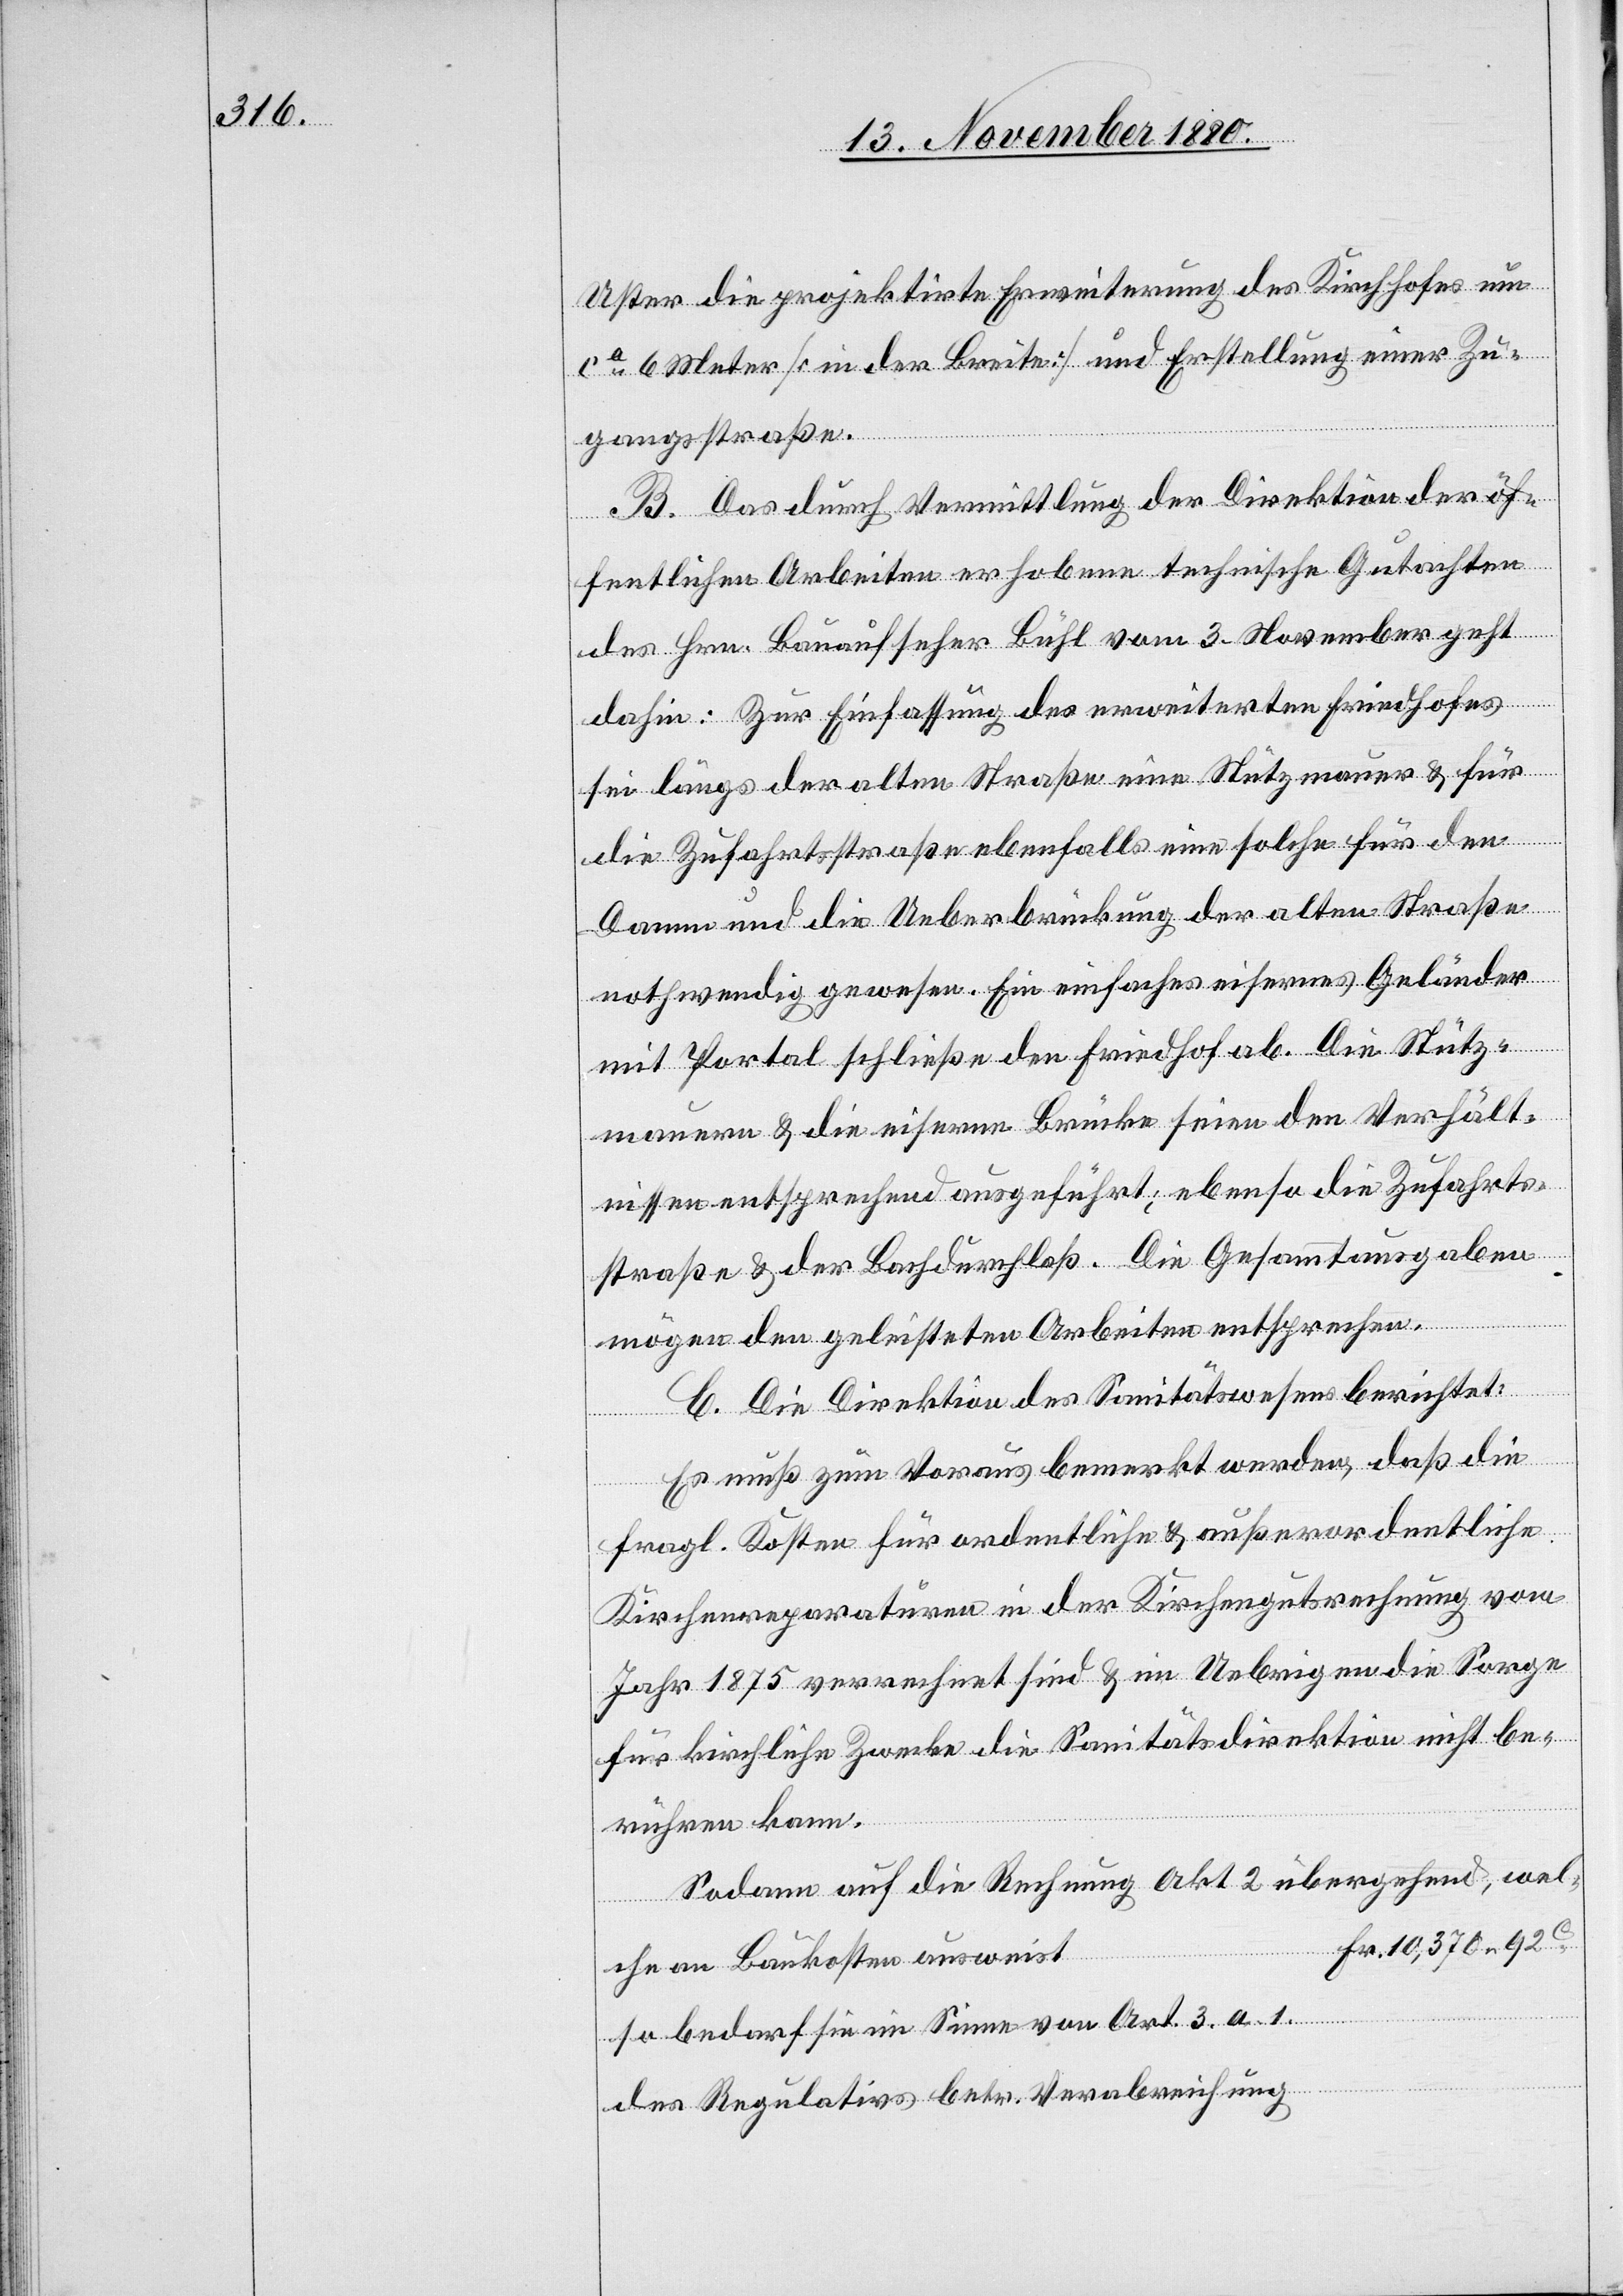
Uster die projektirte Erweiterung des Kirchhofes um
ca 6 Meter [in der Breite] und Erstellung einer Zu¬
Fr.
gangsstraße.
B. Das durch Vermittlung der Direktion der öf¬
fentlichen Arbeiten erhobene technische Gutachten
des Hrn. Bauaufseher Bühl vom 3. November geht
dahin: Zur Einfassung des erweiterten Friedhofes
sei längs der alten Straße eine Stützmauer & für
die Zufahrtsstraße ebenfalls eine solche für den
Damm und die Ueberbrückung der alten Straße
nothwendig gewesen. Ein einfaches eisernes Geländer
mit Portal schließe den Friedhof ab. Die Stütz¬
mauern & die eiserne Brücke seien den Verhält¬
nissen entsprechend ausgeführt; ebenso die Zufahrts¬
straße & der Bachdurchlaß. Die Gesammtausgaben
mögen den geleisteten Arbeiten entsprechen.
C. Die Direktion des Sanitätswesens berichtet:
Es muß zum Voraus bemerkt werden, daß die
fragl. Kosten für ordentliche & außerordentliche
Kirchenreparaturen in der Kirchengutsrechnung vom
Jahr 1875 verrechnet sind & im Uebrigen die Sorge
für kirchliche Zwecke die Sanitätsdirektion nicht be¬
rühren kann.
Sodann auf die Rechnung Akt 2 übergehend, wel¬
che an Baukosten ausweist
so bedarf sie im Sinne von Art. 3 a 1.
des Regulativs betr. Verabreichung